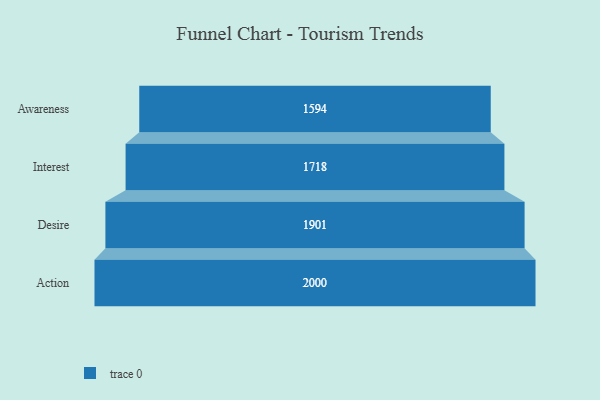
{"axis": {"x": "Stage", "y": "Value"}, "legend": [""], "data": [{"x": "Awareness", "y": 1594.0, "type": ""}, {"x": "Interest", "y": 1718.0, "type": ""}, {"x": "Desire", "y": 1901.0, "type": ""}, {"x": "Action", "y": 2000, "type": ""}]}